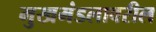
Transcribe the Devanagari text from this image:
मुखमंडलावरील